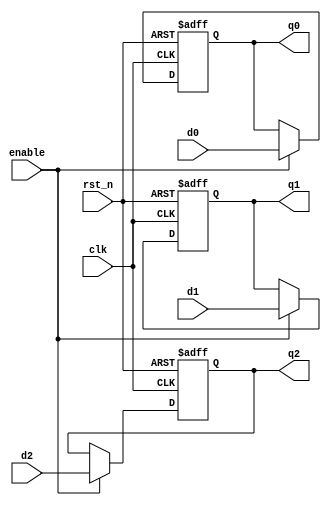
`timescale 1ns / 1ps
//////////////////////////////////////////////////////////////////////////////////
// Company: 
// Engineer: 
// 
// Design Name: 
// Module Name: bunchOfRegEnable
// Project Name: 
// Target Devices: 
// Tool Versions: 
// Description: 
// 
// Dependencies: 
// 
// Revision:
// Revision 0.01 - File Created
// Additional Comments:
// 
//////////////////////////////////////////////////////////////////////////////////


module bunchOfRegEnable(
    input wire clk,
    input wire rst_n,
    input wire enable,
    input wire [7:0] d0,
    input wire [7:0] d1,
    input wire [7:0] d2,
    output reg [7:0] q0,
    output reg [7:0] q1,
    output reg [7:0] q2
    );
    
    always @(posedge clk or negedge rst_n) begin 
        if(!rst_n) begin 
            q0 <= 8'h00 ;
            q1 <= 8'h00 ;
            q2 <= 8'h00 ;
        
        end else if(enable)begin 
            q0 <= d0 ;
            q1 <= d1 ;
            q2 <= d2 ;
        
        end else begin 
            q0 <= q0 ;
            q1 <= q1 ;
            q2 <= q2 ;
        
        end 
    
    
    end 
    
    
endmodule